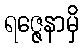
ရဇ္ဇေနာမှိ